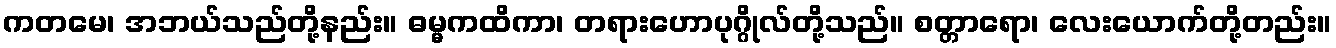
ကတမေ၊ အဘယ်သည်တို့နည်း။ ဓမ္မကထိကာ၊ တရားဟောပုဂ္ဂိုလ်တို့သည်။ စတ္တာရော၊ လေးယောက်တို့တည်း။